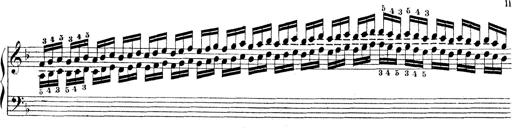
Title: Technische Studien
Composer: Franz Liszt